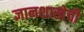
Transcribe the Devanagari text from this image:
ज्ञानशाखेची